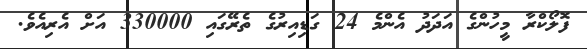
ފޮލޯކްރާ މީހުންގެ އަދަދު އެންމެ 24 ގަޑިއިރުގެ ތެރޭގައި 330000 އަށް އެރިއެވެ.